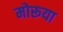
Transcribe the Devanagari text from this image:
मोरूया